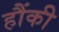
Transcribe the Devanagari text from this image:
हौंकी